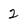
Character: 2